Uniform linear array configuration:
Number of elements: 64
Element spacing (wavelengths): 0.75
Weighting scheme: cosine
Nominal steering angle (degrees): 0
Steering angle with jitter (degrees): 1.888
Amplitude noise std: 0.05
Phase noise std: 0.05

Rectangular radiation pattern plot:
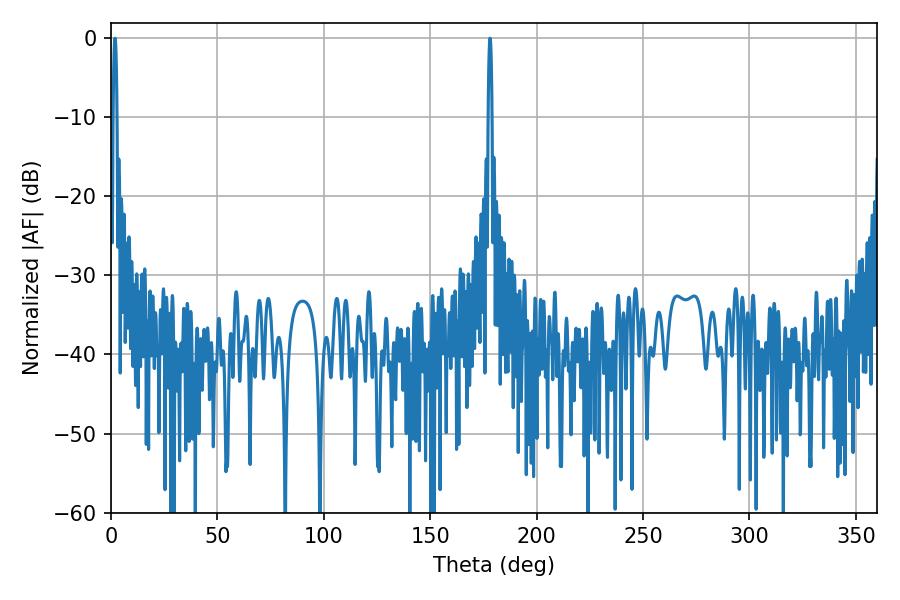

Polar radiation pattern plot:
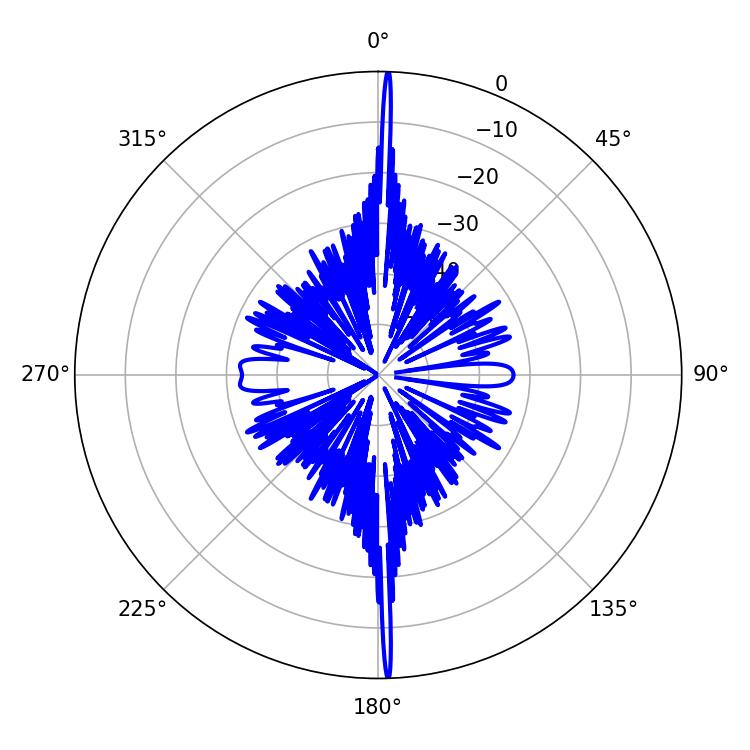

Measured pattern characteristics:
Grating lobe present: TRUE
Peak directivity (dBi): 31.759
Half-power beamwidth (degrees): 0.9
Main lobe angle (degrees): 1.8